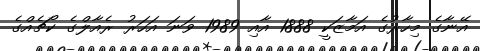
އޭނާގެ މިހާރުގެ އަމާޒަކީ 1888 އާއި 1989 ވަނަ އަހަރު ރެއާލްގެ ކޯޗެއްގެ